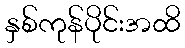
နှစ်ကုန်ပိုင်းအထိ